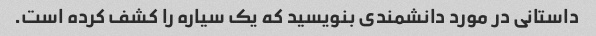
داستانی در مورد دانشمندی بنویسید که یک سیاره را کشف کرده است.